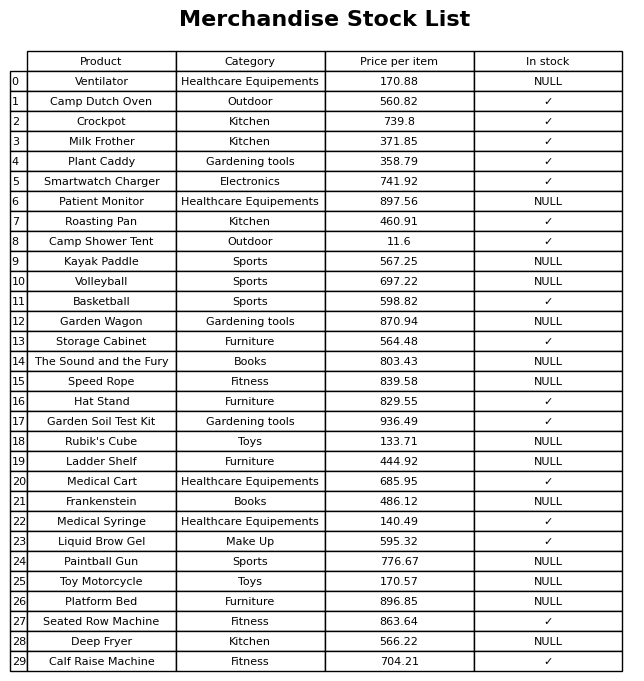
question: What is the price of the Ventilator?
answer: The price of Ventilator is 170.88.